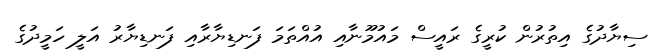
ސިޔާދުގެ އިތުރުން ކުރީގެ ރައީސް މައުމޫނާއި އުއްތަމަ ފަނޑިޔާރާއި ފަނޑިޔާރު އަލީ ހަމީދުގެ